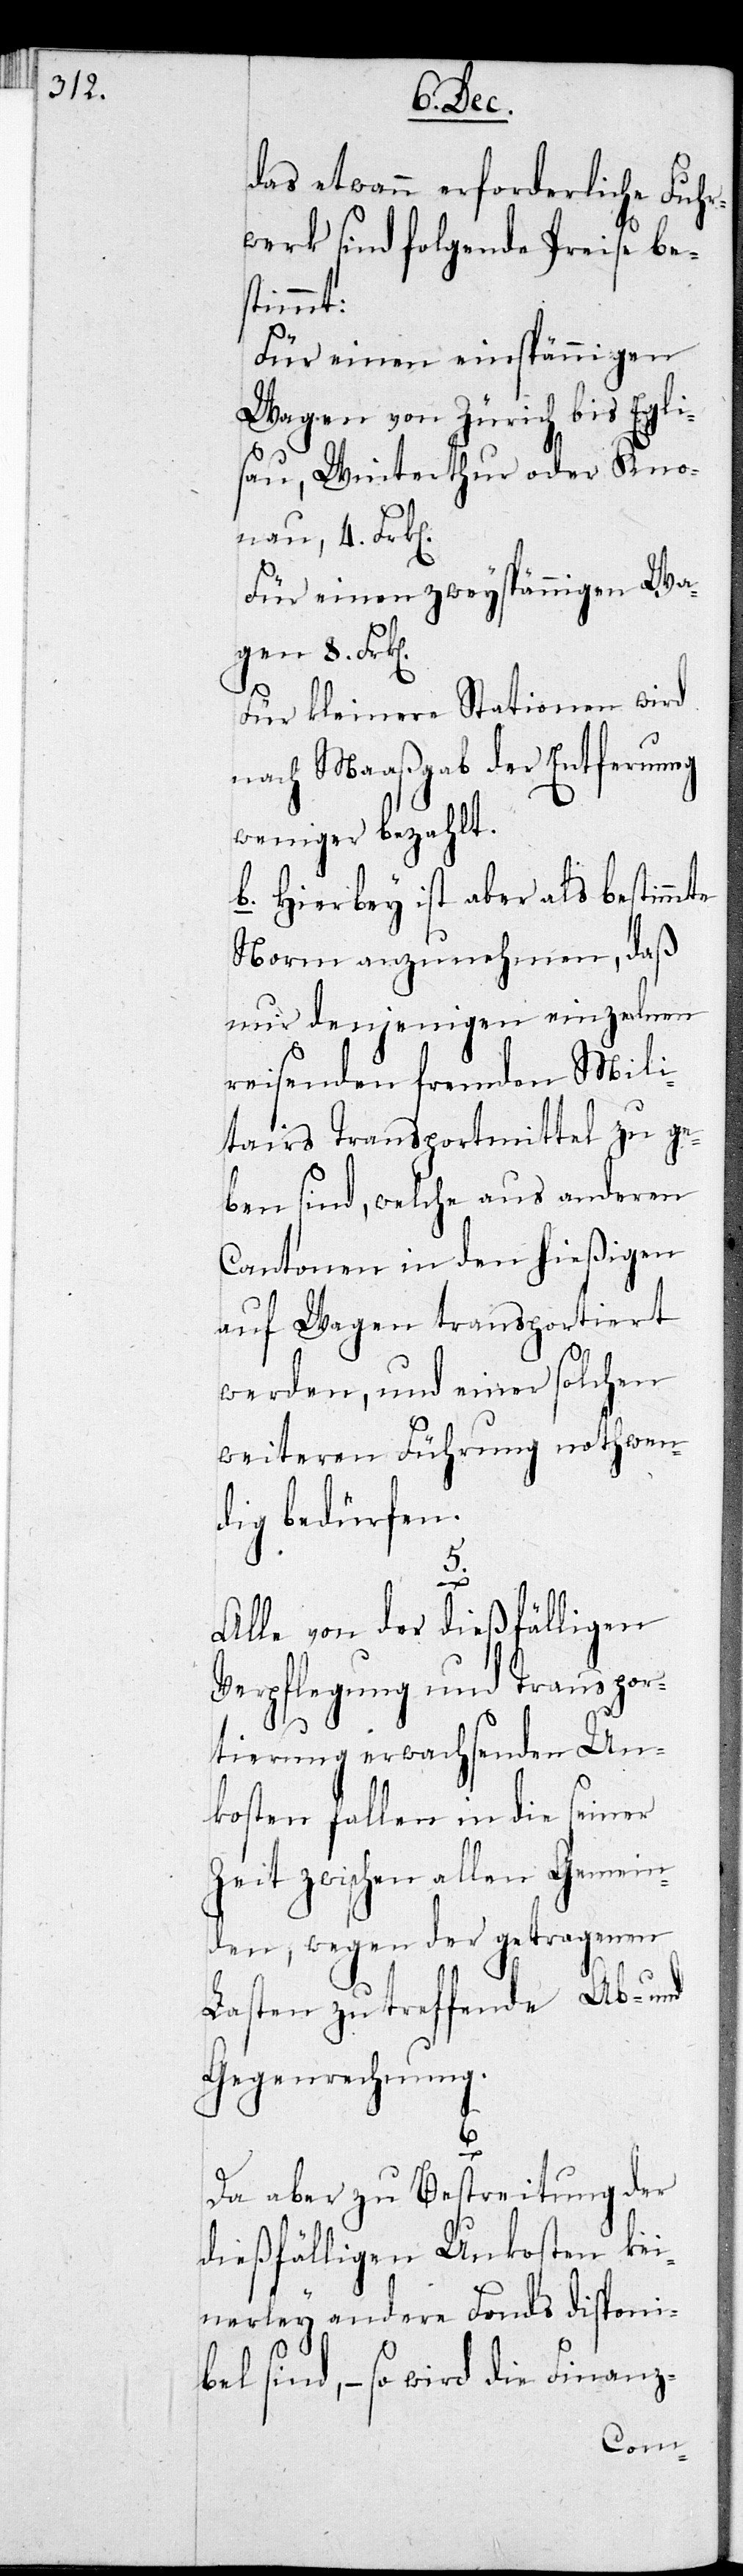
das etwann erforderliche Fuhr¬
werk sind folgende Preise be¬
stimmt:
Für einen einspännigen
Wagen von Zürich bis Egli¬
sau, Winterthur oder Kno¬
nau 4. Frken.
Für einen zweyspännigen Wa¬
gen 8. Frken.
Für kleinere Stationen wird
nach Maasgab der Entfernung
weniger bezahlt.
b. Hierbey ist aber als bestimmte
Norm anzunehmen, daß
nur denjenigen einzelnen
reisenden fremden Mili¬
taris Transportmittel zu ge¬
ben sind, welche aus anderen
Cantonen in den hießigen
auf Wagen transportiert
werden, und einer solchen
weiteren Führung nothwen¬
dig bedürfen.
5.
Alle von der dießfälligen
Verpflegung und Transpor¬
tierung erwachsenden Un¬
kosten fallen in die seiner
Zeit zwischen allen Gemein¬
den, wegen der getragenen
Lasten zutreffende Ab- und
Gegenrechnung.
Da aber zu Bestreitung der
dießfälligen Unkosten kei¬
nerley andere Fonds disponi¬
bel sind, – so wird die Finanz-